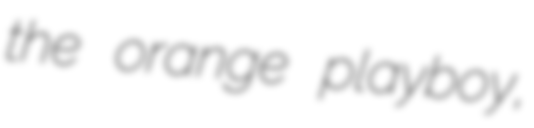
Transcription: the orange playboy,